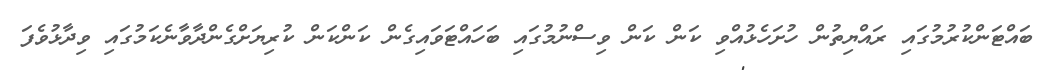
ބައްޓަންކުރުމުގައި ރައްޔިތުން ހުށަހެޅުއްވި ކަން ކަން ވިސްނުމުގައި ބަހައްޓަވައިގެން ކަންކަން ކުރިޔަށްގެންދާވާނެކަމުގައި ވިދާޅުވެފަ